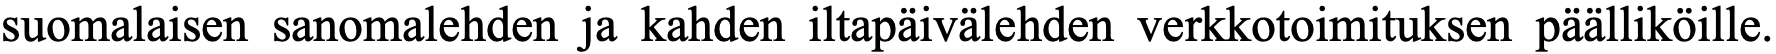
suomalaisen sanomalehden ja kahden iltapäivälehden verkkotoimituksen päälliköille.